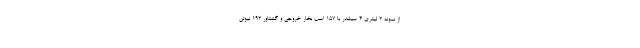
از نمونه 2 لیتری 4 سیلندر با 157 اسب بخار خروجی و گشتاور 192 نیوتن